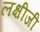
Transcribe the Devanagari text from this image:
लक्षीजी